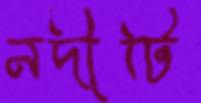
নদীটি